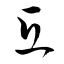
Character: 互